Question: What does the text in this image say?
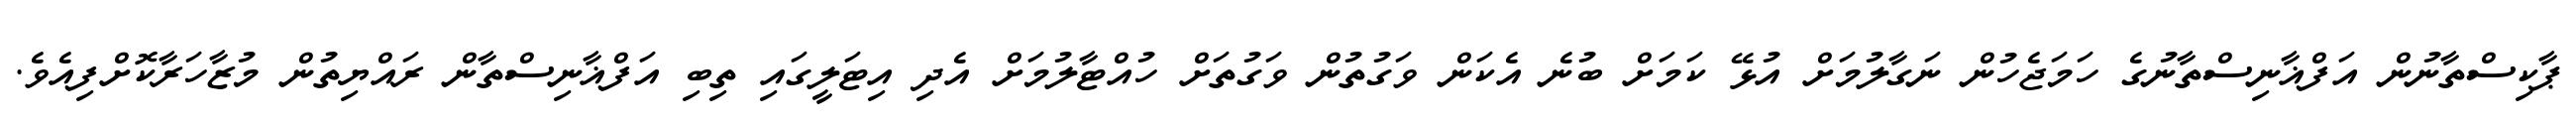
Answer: ޕާކިސްތާނުން އަފްޣާނިސްތާނުގެ ހަމަޖެހުން ނަގާލުމަށް އުޅޭ ކަމަށް ބުނެ އެކަން ވަގުތުން ވަގުތަށް ހުއްޓާލުމަށް އެދި އިޓަލީގައި ތިބި އަފްޣާނިސްތާން ރައްޔިތުން މުޒާހަރާކޮށްފިއެވެ.